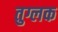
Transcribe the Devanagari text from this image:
तुग्लक